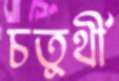
চতুর্থী